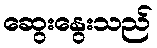
ဆွေးနွေးသည်